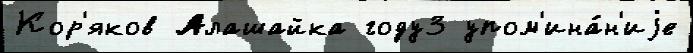
Кор'яков Алашайка году3 упом'ина́н'иjе